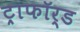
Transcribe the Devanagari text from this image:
ट्राफॉर्ड